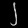
Digit: ၂